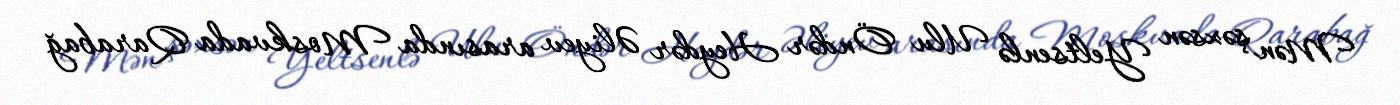
Mən şəxsən Yeltsenlə Ulu Öndər Heydər Əliyev arasında Moskvada Qarabağ